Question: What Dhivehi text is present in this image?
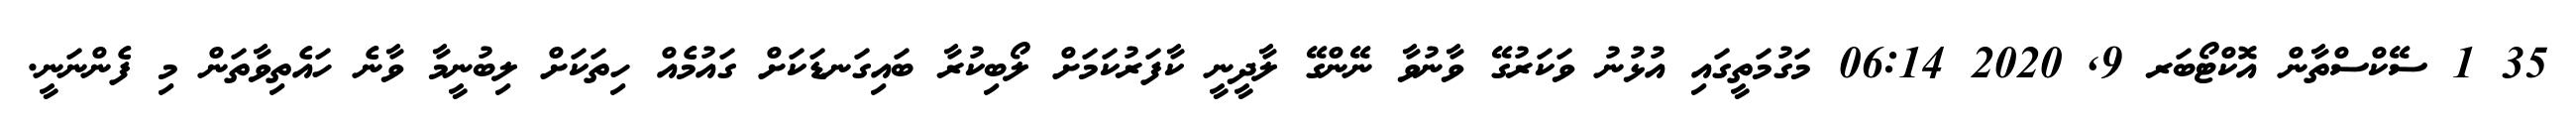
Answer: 35 1 ސޭކްސްތާން އޮކްޓޯބަރ 9, 2020 06:14 މަގުމަތީގައި އުޅުނު ވަކަރުގޭ ވާނުވާ ނޭންގޭ ލާދީނީ ކާފަރުކަމަށް ލޯބިކުރާ ބައިގަނޑަކަށް ގައުމެއް ހިތަކަށް ލިބުނީމާ ވާނެ ހައެތިވާތަން މި ފެންނަނީ.